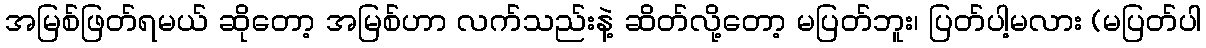
အမြစ်ဖြတ်ရမယ် ဆိုတော့ အမြစ်ဟာ လက်သည်းနဲ့ ဆိတ်လို့တော့ မပြတ်ဘူး၊ ပြတ်ပါ့မလား (မပြတ်ပါ